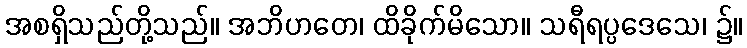
အစရှိသည်တို့သည်။ အဘိဟတေ၊ ထိခိုက်မိသော။ သရီရပ္ပဒေသေ၊ ၌။